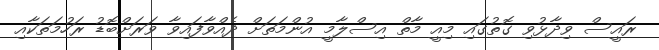
ރައީސް ވިދާޅުވި ގޮތުގައި މިއީ މާތް އިސްލާމީ އުންމަތަށް ދެއްވާފައިވާ ވަރަށްބޮޑު ރަހުމަތަކާއި